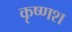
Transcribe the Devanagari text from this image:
कृष्णश